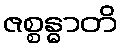
ဇစ္စန္ဓာတိ